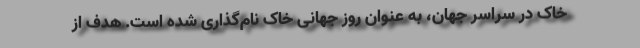
خاک در سراسر جهان، به عنوان روز جهانی خاک نام‌گذاری شده است. هدف از